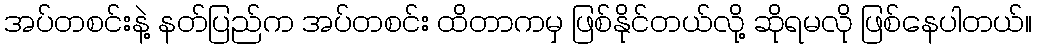
အပ်တစင်းနဲ့ နတ်ပြည်က အပ်တစင်း ထိတာကမှ ဖြစ်နိုင်တယ်လို့ ဆိုရမလို ဖြစ်နေပါတယ်။